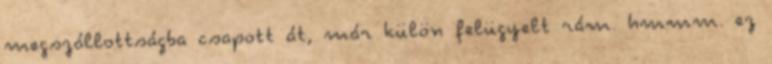
megszállottságba csapott át, már külön felügyelt rám. hmmm. ez